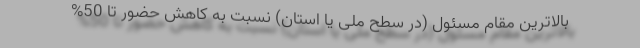
بالاترین مقام مسئول (در سطح ملّی یا استان) نسبت به کاهش حضور تا 50%